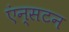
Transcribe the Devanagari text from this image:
एंन्सटन